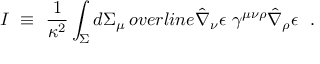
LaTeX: I ~ \equiv ~ \frac { 1 } { \kappa ^ { 2 } } \int _ { \Sigma } d \Sigma _ { \mu } \, o v e r l i n e { \hat { \nabla } _ { \nu } \epsilon } \ \gamma ^ { \mu \nu \rho } \hat { \nabla } _ { \rho } \epsilon \ \ .